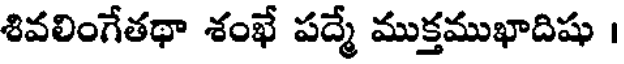
శివలింగేతథా శంఖే పద్మే ముక్తముఖాదిషు ।